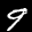
Label: 9